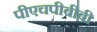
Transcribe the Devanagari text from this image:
पीएचपीबीबी